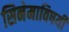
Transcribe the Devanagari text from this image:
सिनेमाविषयी